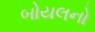
બોયલનો